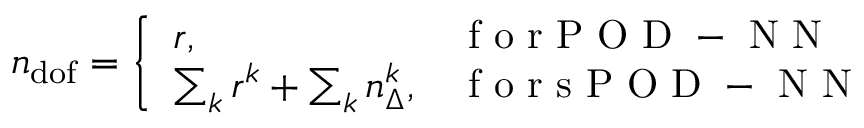
n _ { \mathrm { d o f } } = \left\{ \begin{array} { l l } { r , } & { \mathrm { ~ f ~ o ~ r ~ P ~ O ~ D ~ - ~ N ~ N ~ } } \\ { \sum _ { k } r ^ { k } + \sum _ { k } n _ { \Delta } ^ { k } , } & { \mathrm { ~ f ~ o ~ r ~ s ~ P ~ O ~ D ~ - ~ N ~ N ~ } } \end{array} \right.